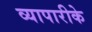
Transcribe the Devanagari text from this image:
व्‍यापारीके